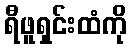
ရီဖူရှင်းထံကို